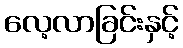
လေ့လာခြင်းနှင့်